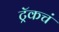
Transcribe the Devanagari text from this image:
ट्रॅकचं